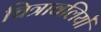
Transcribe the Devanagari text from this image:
चित्रावलियों